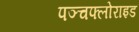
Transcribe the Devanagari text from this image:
पञ्चफ्लोराइड